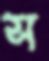
স